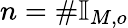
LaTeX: n=\# \mathbb{I}_{M,o}